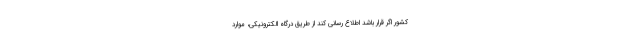
کشور اگر قرار باشد اطلاع رسانی کند از طریق درگاه الکترونیکی، موارد